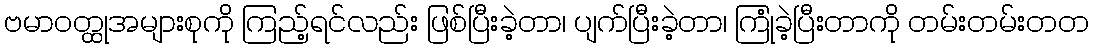
ဗမာဝတ္ထုအများစုကို ကြည့်ရင်လည်း ဖြစ်ပြီးခဲ့တာ၊ ပျက်ပြီးခဲ့တာ၊ ကြုံခဲ့ပြီးတာကို တမ်းတမ်းတတ